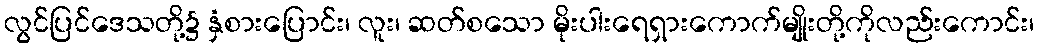
လွင်ပြင်ဒေသတို့၌ နှံစားပြောင်း၊ လူး၊ ဆတ်စသော မိုးပါးရေရှားကောက်မျိုးတို့ကိုလည်းကောင်း၊